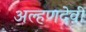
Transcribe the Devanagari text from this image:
अल्हणदेवी